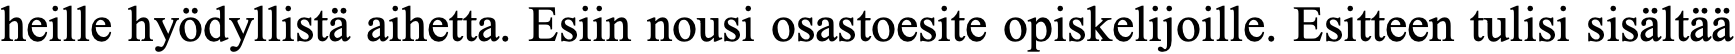
heille hyödyllistä aihetta. Esiin nousi osastoesite opiskelijoille. Esitteen tulisi sisältää